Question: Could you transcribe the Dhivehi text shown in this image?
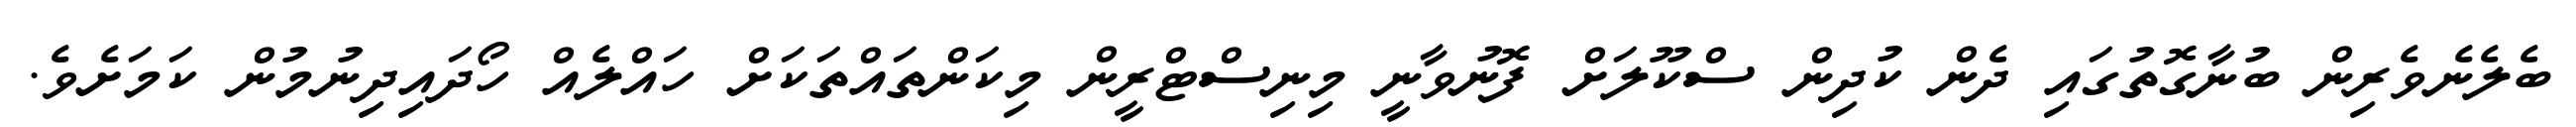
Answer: ބެލެނެވެރިން ބުނާގޮތުގައި ދެން ކުދިން ސްކޫލަށް ފޮނުވާނީ މިނިސްޓްރީން މިކަންތައްތަކަށް ހައްލެއް ހޯދައިދިނުމުން ކަމަށެވެ.